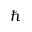
\hbar